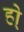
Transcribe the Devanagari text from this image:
हो्